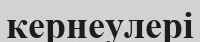
кернеулері